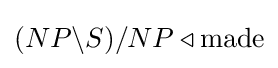
(NP\backslash S)/NP\triangleleft {\text{made}}